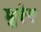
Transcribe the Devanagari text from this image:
मुरेर